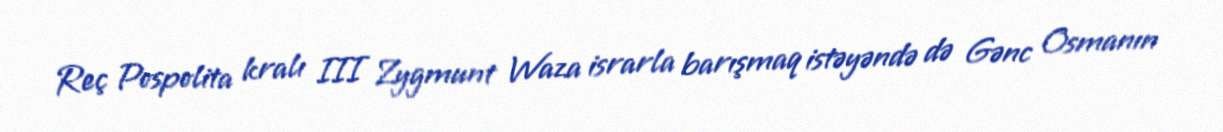
Reç Pospolita kralı III Zygmunt Waza israrla barışmaq istəyəndə də Gənc Osmanın